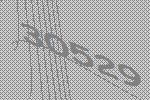
30529